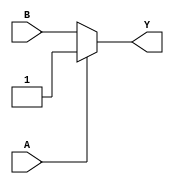
module combinational_logic (
    input wire A,
    input wire B,
    output wire Y
);

// Combinational logic implementation
assign Y = (A == 0) ? B : 1'b1; // When A=0, output= B, else output=1 (utilizing don't care condition)

endmodule